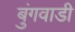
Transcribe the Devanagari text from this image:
बुंगवाडी